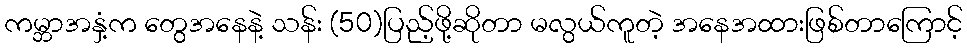
ကမ္ဘာအနှံ့က တွေအနေနဲ့ သန်း (50)ပြည့်ဖို့ဆိုတာ မလွယ်ကူတဲ့ အနေအထားဖြစ်တာကြောင့်